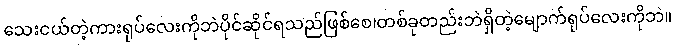
သေးငယ်တဲ့ကားရုပ်လေးကိုဘဲပိုင်ဆိုင်ရသည်ဖြစ်စေ၊တစ်ခုတည်းဘဲရှိတဲ့မျောက်ရုပ်လေးကိုဘဲ။